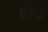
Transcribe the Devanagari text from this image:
घोंदा